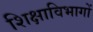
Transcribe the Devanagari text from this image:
शिक्षाविभागों